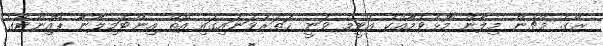
ރޭގެ މެޗުން މިލާން މޮޅުވުމާއެކު އެޓީމު ވަނީ ހަތަރުވަނައިގައި އޮތް އިންޓަމިލާނާ ޕޮއިންޓްގެ